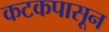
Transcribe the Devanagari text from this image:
कटकपासून